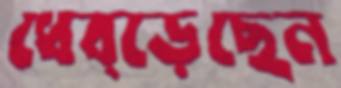
ধেব্‌ড়েছেন